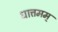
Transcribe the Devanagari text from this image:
धात्तमम्‌